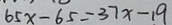
6 5 x - 6 5 = 3 7 x - 1 9